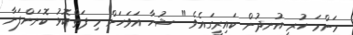
މަންމަ ހުރީ އުނދުން ކައިރީގައެވެ " ޝުހާ އަވަހަށް މި ފަތްކޮޅު ކޮށަންފަށާ